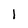
Character: 1